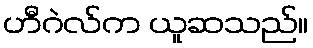
ဟီဂဲလ်က ယူဆသည်။